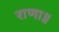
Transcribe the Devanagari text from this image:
राणा॥